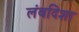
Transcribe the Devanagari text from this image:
लंबदिशा